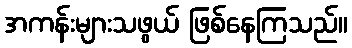
အကန်းများသဖွယ် ဖြစ်နေကြသည်။